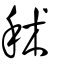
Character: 秫